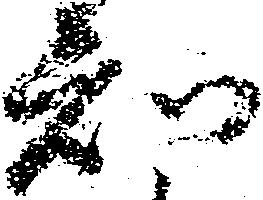
知